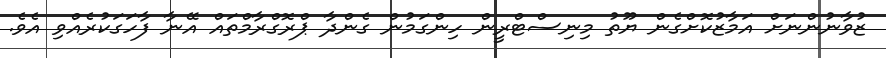
ޒުވާނުންނަށް އަމާޒުކޮށްގެން ޔޫތު މިނިސްޓްރީން ހިންގަމުން ގެންދާ ޕްރޮގްރާމްތައް އޭނާ ފާހަގަކުރެއްވި އެވެ.